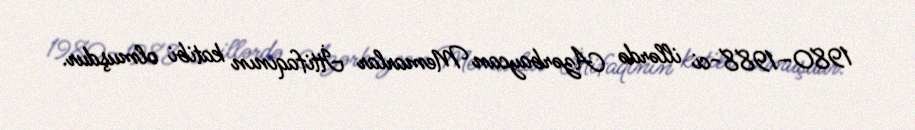
1980–1988-ci illərdə Azərbaycan Memarlar İttifaqının katibi olmuşdur.